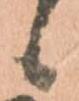
候